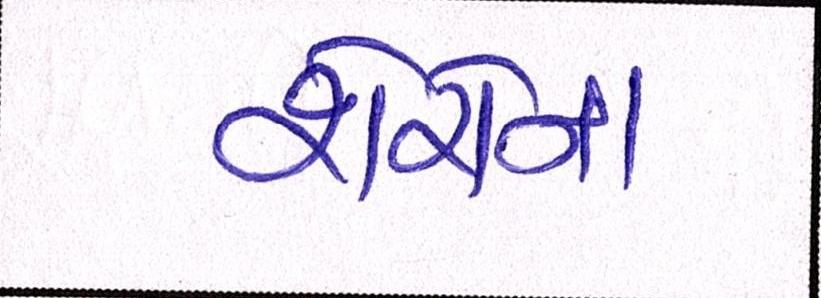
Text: શેરોનો